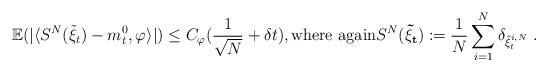
LaTeX: \begin{align*} \mathbb{E}(\vert \langle S^N(\tilde \xi_t)- m^0_t, \varphi \rangle\vert)\le C_\varphi (\frac{1}{\sqrt{N}} + \delta t), {\rm where \ again} S^N(\mathbf{\tilde{\xi_t}}):=\frac{1}{N} \sum_{i=1}^N \delta_{\tilde{\xi}_t^{i,N}}\ .\end{align*}